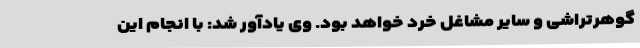
گوهرتراشی و سایر مشاغل خرد خواهد بود. وی یادآور شد: با انجام این